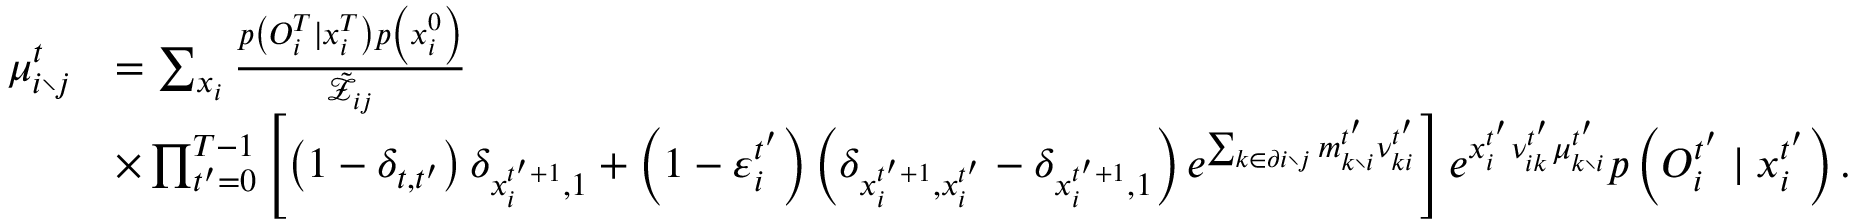
\begin{array} { r l } { \mu _ { i \setminus j } ^ { t } } & { = \sum _ { \boldsymbol { x } _ { i } } \frac { p \left( { O } _ { i } ^ { T } \mid x _ { i } ^ { T } \right) p \left( x _ { i } ^ { 0 } \right) } { \tilde { \mathcal { Z } } _ { i j } } } \\ & { \times \prod _ { t ^ { \prime } = 0 } ^ { T - 1 } \left[ \left( 1 - \delta _ { t , t ^ { \prime } } \right) \delta _ { x _ { i } ^ { t ^ { \prime } + 1 } , 1 } + \left( 1 - \varepsilon _ { i } ^ { t ^ { \prime } } \right) \left( \delta _ { x _ { i } ^ { t ^ { \prime } + 1 } , x _ { i } ^ { t ^ { \prime } } } - \delta _ { x _ { i } ^ { t ^ { \prime } + 1 } , 1 } \right) e ^ { \sum _ { k \in \partial i \setminus j } m _ { k \setminus i } ^ { t ^ { \prime } } \nu _ { k i } ^ { t ^ { \prime } } } \right] e ^ { x _ { i } ^ { t ^ { \prime } } \nu _ { i k } ^ { t ^ { \prime } } \mu _ { k \setminus i } ^ { t ^ { \prime } } } p \left( O _ { i } ^ { t ^ { \prime } } \mid x _ { i } ^ { t ^ { \prime } } \right) . } \end{array}